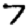
Digit: 7